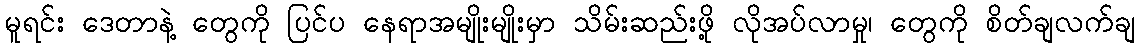
မူရင်း ဒေတာနဲ့ တွေကို ပြင်ပ နေရာအမျိုးမျိုးမှာ သိမ်းဆည်းဖို့ လိုအပ်လာမှု၊ တွေကို စိတ်ချလက်ချ